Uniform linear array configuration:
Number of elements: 8
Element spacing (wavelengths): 0.75
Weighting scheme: cosine
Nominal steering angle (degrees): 30
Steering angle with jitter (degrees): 31.516
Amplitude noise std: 0.05
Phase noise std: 0.05

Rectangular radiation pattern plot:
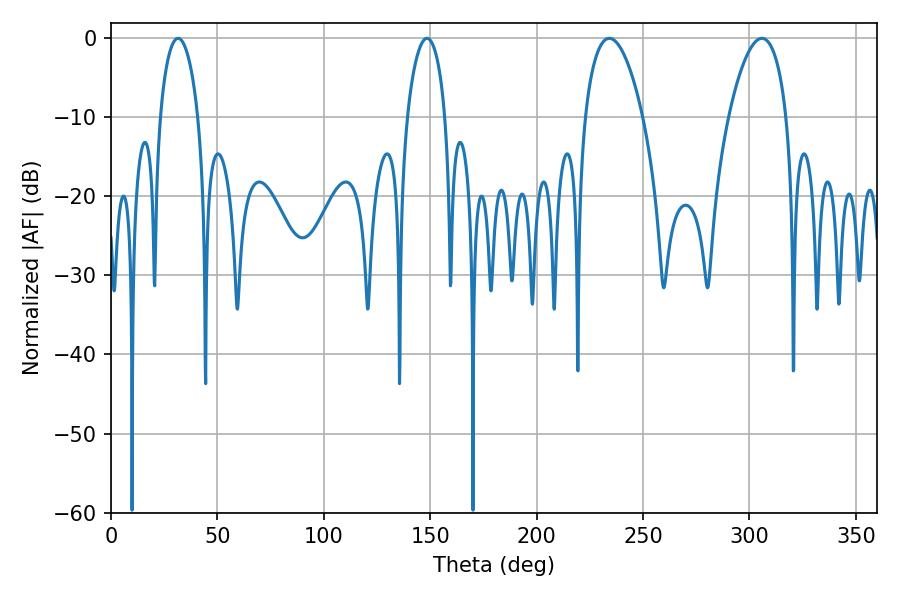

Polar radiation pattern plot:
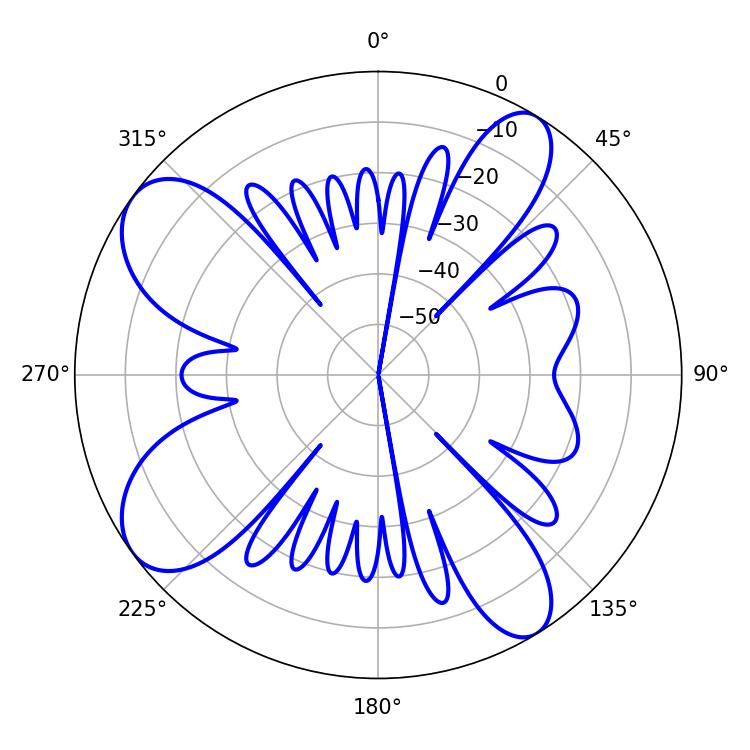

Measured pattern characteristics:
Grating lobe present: TRUE
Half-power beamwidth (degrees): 10.08
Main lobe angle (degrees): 31.5